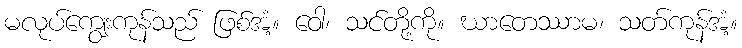
မလုပ်ကျွေးကုန်သည် ဖြစ်အံ့။ ဝေါ၊ သင်တို့ကို။ ဃာတေဿာမ၊ သတ်ကုန်အံ့။